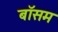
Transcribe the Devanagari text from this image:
बॉसम